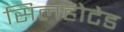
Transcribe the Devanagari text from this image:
सिलहोटेड